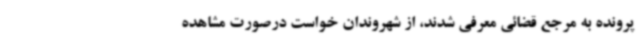
پرونده به مرجع قضائی معرفی شدند، از شهروندان خواست درصورت مشاهده